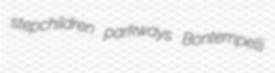
stepchildren parkways Bontempelli